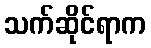
သက်ဆိုင်ရာက